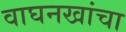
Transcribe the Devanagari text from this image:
वाघनखांचा